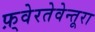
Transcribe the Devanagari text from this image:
फ़्वेरतेवेन्तूरा